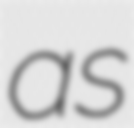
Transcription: as